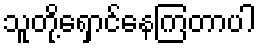
သူတို့ရှောင်နေကြတာပါ